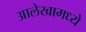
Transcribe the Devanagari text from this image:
आलेखामध्ये